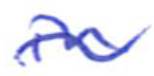
Text: in
Cross-out: wave
Writing tool: ballpoint